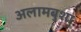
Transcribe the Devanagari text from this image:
अलामबुशा